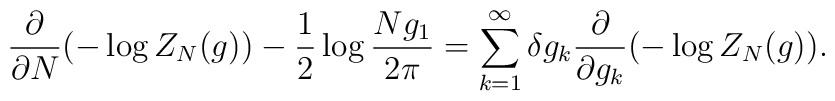
\frac{\partial}{\partial N}( -\log Z_{N} ( g ))        - \frac{1}{2} \log \frac{Ng_1}{2\pi}  =  \sum_{k=1}^{\infty}  \delta g_k \frac{\partial}{\partial  g_k}( -\log Z_{N} ( g )).